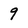
Character: 9